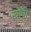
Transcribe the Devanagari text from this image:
खींचो